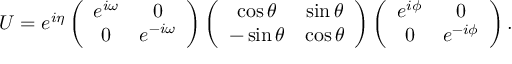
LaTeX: U = e ^ { i \eta } \left( \begin{array} { c c } { { e ^ { i \omega } } } & { { 0 } } \\ { { 0 } } & { { e ^ { - i \omega } } } \end{array} \right) \left( \begin{array} { c c } { { \cos \theta } } & { { \sin \theta } } \\ { { - \sin \theta } } & { { \cos \theta } } \end{array} \right) \left( \begin{array} { c c } { { e ^ { i \phi } } } & { { 0 } } \\ { { 0 } } & { { e ^ { - i \phi } } } \end{array} \right) .